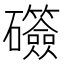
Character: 𬒫